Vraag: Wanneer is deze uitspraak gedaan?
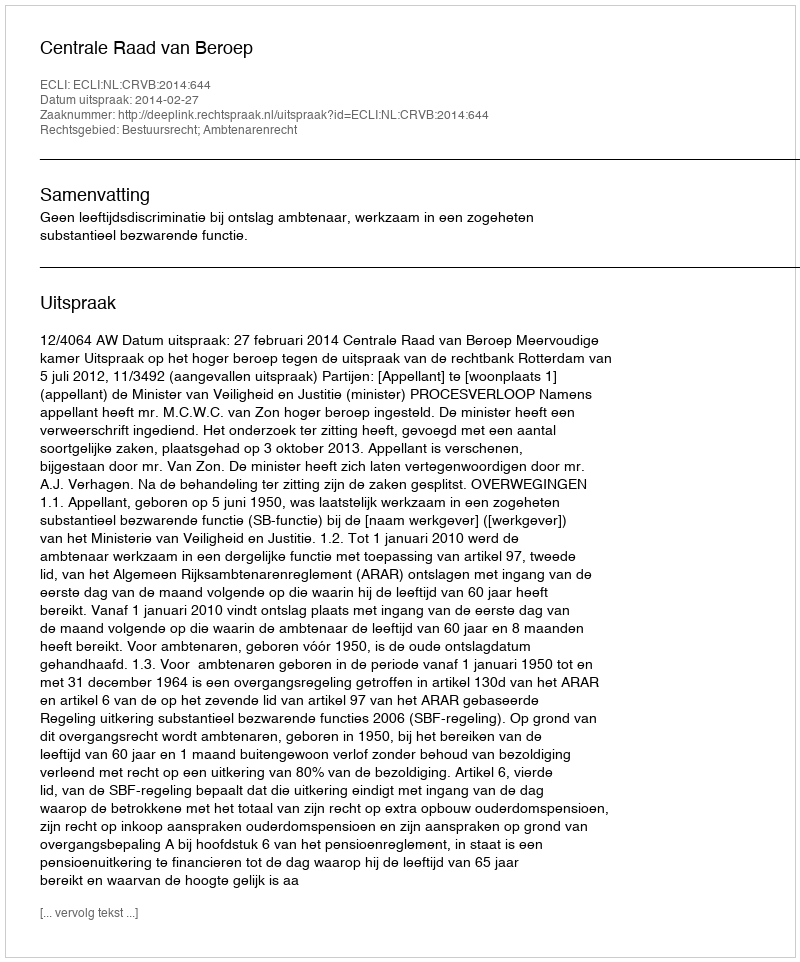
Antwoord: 2014-02-27